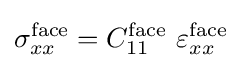
\sigma _{xx}^{\mathrm {face} }=C_{11}^{\mathrm {face} }~\varepsilon _{xx}^{\mathrm {face} }